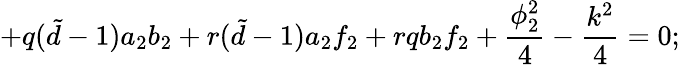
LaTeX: +q({\tilde{d}}-1)a_{2}b_{2}+r({\tilde{d}}-1)a_{2}f_{2}+rqb_{2}f_{2}+\frac{\phi_{2}^{2}}{4}-\frac{k^{2}}{4}=0;